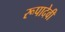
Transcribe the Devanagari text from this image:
रूपादेवी